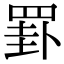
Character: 罫